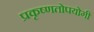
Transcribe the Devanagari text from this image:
प्रकृष्णतोपयोगी